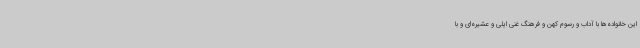
این خانواده‌ها با آداب و رسوم کهن و فرهنگ غنی ایلی و عشیره‌ای و با